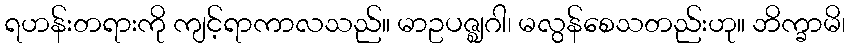
ရဟန်းတရားကို ကျင့်ရာကာလသည်။ မာဥပဇ္ဈဂါ၊ မလွန်စေသတည်းဟု။ ဘိက္ခာမိ၊